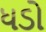
ધડો